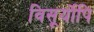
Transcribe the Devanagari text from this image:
विसूर्योपि